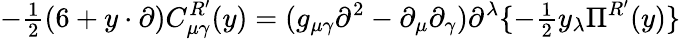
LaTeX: -{\textstyle\frac{1}{2}}(6+y\cdot\partial)C_{\mu\gamma}^{R^{\prime}}(y)=(g_{\mu\gamma}\partial^{2}-\partial_{\mu}\partial_{\gamma})\partial^{\lambda}\{ -{\textstyle\frac{1}{2}}y_{\lambda}\Pi^{R^{\prime}}(y)\}